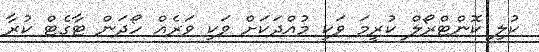
ކުލި ކޮންޓްރޯލް ކުރީމަ ވަކި މުއްދަކަށް ވަކި ވަރެއް ހޯދަން ޓާގެޓް ކުރާ